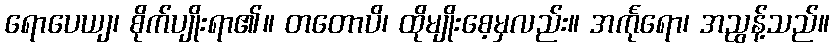
ရောပေယျ၊ စိုက်ပျိုးရာ၏။ တတောပိ၊ ထိုမျိုးစေ့မှလည်း။ အင်္ကုရော၊ အညွန့်သည်။